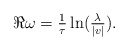
\begin{align*} \Re \omega = \tfrac{1}{\tau} \ln(\tfrac{\lambda}{|v|}). \end{align*}